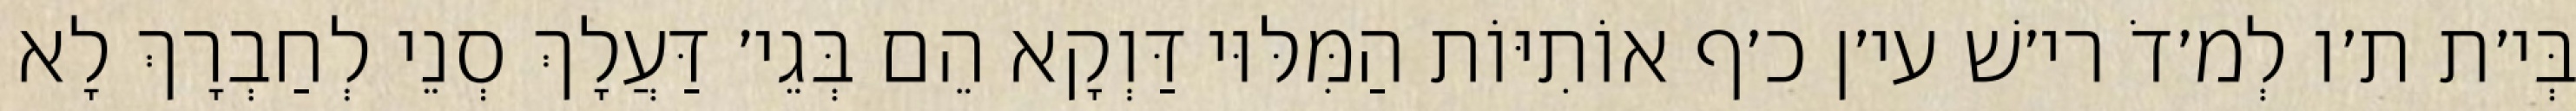
בְּי׳ת ת׳ו לְמ׳דֹ רי׳שׁ עי׳ן כ׳ף אוֹתִיּוֹת הַמִּלּוּי דַּוְקָא הֵם בְּגֵי׳ דַּעֲלָךְ סְנֵי לְחַבְרָךְ לָא